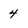
Character: 4